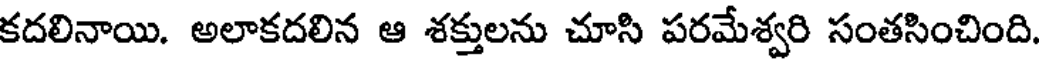
కదలినాయి. అలాకదలిన ఆ శక్తులను చూసి పరమేశ్వరి సంతసించింది